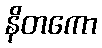
နိတကော